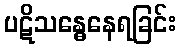
ပဋိသန္ဓေနေရခြင်း